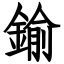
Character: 鍮